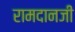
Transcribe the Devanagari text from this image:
रामदानजी